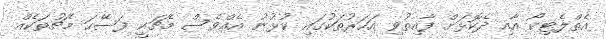
އެތްލެޓިކޯ އާއި ދެކޮޅަށް ފާއިތުވި އަހަރުތަކުގައި ކުޅުނު އެއްވެސް މެޗަކީ ފަސޭހަ މެޗުތަކެއް